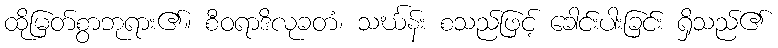
ထိုမြတ်စွာဘုရား၏။ စီဝရာဒိလုခတံ၊ သင်္ဃန်း စသည်ဖြင့် ခေါင်းပါးခြင်း ရှိသည်၏